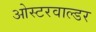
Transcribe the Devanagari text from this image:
ओस्टरवाल्डर